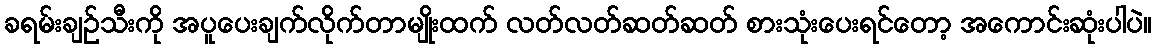
ခရမ်းချဉ်သီးကို အပူပေးချက်လိုက်တာမျိုးထက် လတ်လတ်ဆတ်ဆတ် စားသုံးပေးရင်တော့ အကောင်းဆုံးပါပဲ။